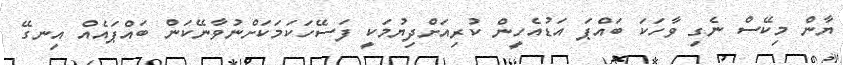
ޔާން މިކޭސް ނެގި ވާހަކަ ބައްޕަ އަޑުއެހީން ކުރިއަށްދިޔުމަކީ ފަސޭހަކަމަކަށްނުވާނޭކަން ބައްޕައެއް އިނގޭ